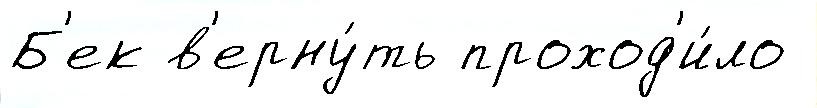
Б'ек в'ерну́ть проход'и́ло